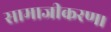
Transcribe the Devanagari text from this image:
सामाजीकरण।